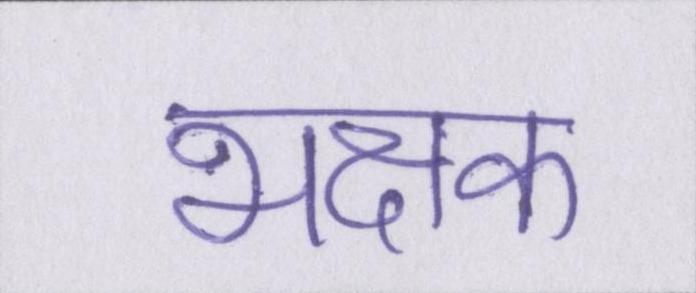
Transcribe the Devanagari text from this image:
भक्षक